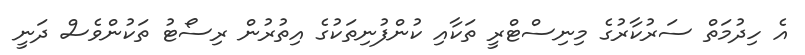
އެ ހިދުމަތް ސަރުކާރުގެ މިނިސްޓްރީ ތަކާއި ކުންފުނިތަކުގެ އިތުރުން ރިސޯޓު ތަކުންވެސް ދަނީ